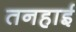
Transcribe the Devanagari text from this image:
तनहाई